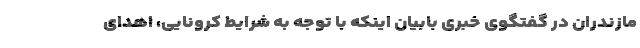
مازندران در گفتگوی خبری بابیان اینکه با توجه به شرایط کرونایی، اهدای